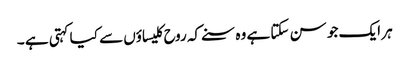
ہر ایک جو سن سکتا ہے وہ سنے کہ روح کلیساؤں سے کیا کہتی ہے ۔